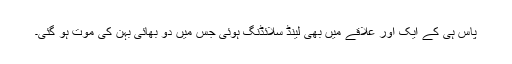
پاس ہی کے ایک اور علاقے میں بھی لینڈ سلائڈنگ ہوئی جس میں دو بھائی بہن کی موت ہو گئی۔